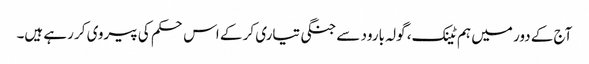
آج کے دور میں ہم ٹینک، گولہ بارود سے جنگی تیاری کر کے اس حکم کی پیروی کر رہے ہیں۔